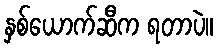
နှစ်ယောက်ဆီက ရတာပဲ။